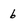
Character: 6